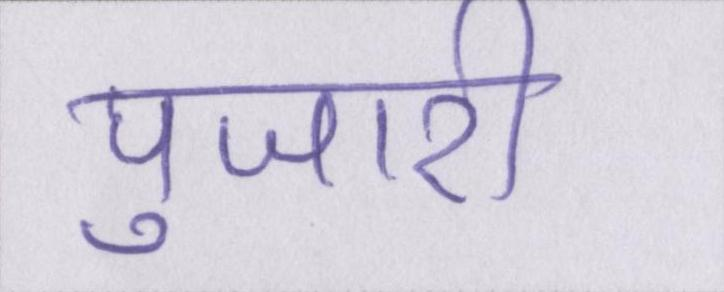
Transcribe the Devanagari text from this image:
पुजारी